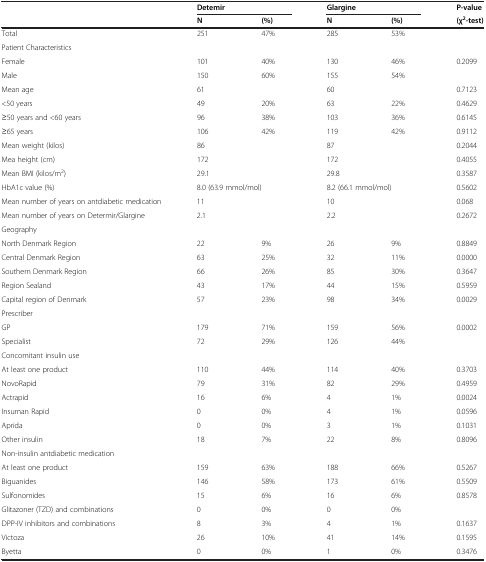
<table><thead><tr><td><b> </b></td><td colspan="2"><b>Detemir</b></td><td colspan="2"><b>Glargine</b></td><td><b>P-value</b></td></tr><tr><td><b> </b></td><td><b>N</b></td><td><b>(%)</b></td><td><b>N</b></td><td><b>(%)</b></td><td><b>(χ<sup>2</sup>-test)</b></td></tr></thead><tbody><tr><td>Total</td><td>251</td><td>47%</td><td>285</td><td>53%</td><td> </td></tr><tr><td colspan="6">Patient Characteristics</td></tr><tr><td>Female</td><td>101</td><td>40%</td><td>130</td><td>46%</td><td>0.2099</td></tr><tr><td>Male</td><td>150</td><td>60%</td><td>155</td><td>54%</td><td> </td></tr><tr><td>Mean age</td><td>61</td><td> </td><td>60</td><td> </td><td>0.7123</td></tr><tr><td>&lt;50 years</td><td>49</td><td>20%</td><td>63</td><td>22%</td><td>0.4629</td></tr><tr><td>≥50 years and &lt;60 years</td><td>96</td><td>38%</td><td>103</td><td>36%</td><td>0.6145</td></tr><tr><td>≥65 years</td><td>106</td><td>42%</td><td>119</td><td>42%</td><td>0.9112</td></tr><tr><td>Mean weight (kilos)</td><td>86</td><td> </td><td>87</td><td> </td><td>0.2044</td></tr><tr><td>Mea height (cm)</td><td>172</td><td> </td><td>172</td><td> </td><td>0.4055</td></tr><tr><td>Mean BMI (kilos/m<sup>2</sup>)</td><td>29.1</td><td> </td><td>29.8</td><td> </td><td>0.3587</td></tr><tr><td>HbA1c value (%)</td><td colspan="2">8.0 (63.9 mmol/mol)</td><td colspan="2">8.2 (66.1 mmol/mol)</td><td>0.5602</td></tr><tr><td>Mean number of years on antdiabetic medication</td><td>11</td><td> </td><td>10</td><td> </td><td>0.068</td></tr><tr><td>Mean number of years on Determir/Glargine</td><td>2.1</td><td> </td><td>2.2</td><td> </td><td>0.2672</td></tr><tr><td colspan="6">Geography</td></tr><tr><td>North Denmark Region</td><td>22</td><td>9%</td><td>26</td><td>9%</td><td>0.8849</td></tr><tr><td>Central Denmark Region</td><td>63</td><td>25%</td><td>32</td><td>11%</td><td>0.0000</td></tr><tr><td>Southern Denmark Region</td><td>66</td><td>26%</td><td>85</td><td>30%</td><td>0.3647</td></tr><tr><td>Region Sealand</td><td>43</td><td>17%</td><td>44</td><td>15%</td><td>0.5959</td></tr><tr><td>Capital region of Denmark</td><td>57</td><td>23%</td><td>98</td><td>34%</td><td>0.0029</td></tr><tr><td colspan="6">Prescriber</td></tr><tr><td>GP</td><td>179</td><td>71%</td><td>159</td><td>56%</td><td>0.0002</td></tr><tr><td>Specialist</td><td>72</td><td>29%</td><td>126</td><td>44%</td><td> </td></tr><tr><td>Concomitant insulin use</td><td> </td><td> </td><td> </td><td> </td><td> </td></tr><tr><td>At least one product</td><td>110</td><td>44%</td><td>114</td><td>40%</td><td>0.3703</td></tr><tr><td>NovoRapid</td><td>79</td><td>31%</td><td>82</td><td>29%</td><td>0.4959</td></tr><tr><td>Actrapid</td><td>16</td><td>6%</td><td>4</td><td>1%</td><td>0.0024</td></tr><tr><td>Insuman Rapid</td><td>0</td><td>0%</td><td>4</td><td>1%</td><td>0.0596</td></tr><tr><td>Aprida</td><td>0</td><td>0%</td><td>3</td><td>1%</td><td>0.1031</td></tr><tr><td>Other insulin</td><td>18</td><td>7%</td><td>22</td><td>8%</td><td>0.8096</td></tr><tr><td colspan="6">Non-insulin antdiabetic medication</td></tr><tr><td>At least one product</td><td>159</td><td>63%</td><td>188</td><td>66%</td><td>0.5267</td></tr><tr><td>Biguanides</td><td>146</td><td>58%</td><td>173</td><td>61%</td><td>0.5509</td></tr><tr><td>Sulfonomides</td><td>15</td><td>6%</td><td>16</td><td>6%</td><td>0.8578</td></tr><tr><td>Glitazoner (TZD) and combinations</td><td>0</td><td>0%</td><td>0</td><td>0%</td><td> </td></tr><tr><td>DPP-IV inhibitors and combinations</td><td>8</td><td>3%</td><td>4</td><td>1%</td><td>0.1637</td></tr><tr><td>Victoza</td><td>26</td><td>10%</td><td>41</td><td>14%</td><td>0.1595</td></tr><tr><td>Byetta</td><td>0</td><td>0%</td><td>1</td><td>0%</td><td>0.3476</td></tr></tbody></table>